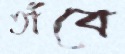
তাঁবে